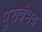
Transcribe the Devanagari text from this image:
पुरावैभव